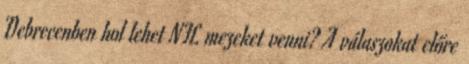
Debrecenben hol lehet NFL mezeket venni? A válaszokat előre